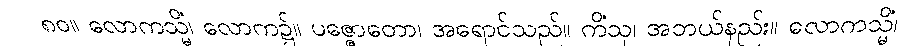
၈၀။ လောကသ္မိံ၊ လောက၌။ ပဇ္ဇောတော၊ အရောင်သည်။ ကိံသု၊ အဘယ်နည်း။ လောကသ္မိံ၊